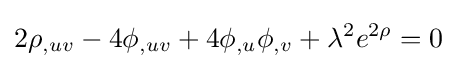
2\rho _{,uv}-4\phi _{,uv}+4\phi _{,u}\phi _{,v}+\lambda ^{2}e^{2\rho }=0